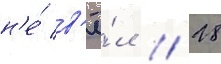
н'е́ в'ё́л // 28